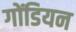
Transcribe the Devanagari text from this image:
गोंडियन